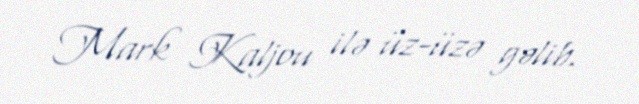
Mark Kaljou ilə üz-üzə gəlib.